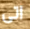
اتى